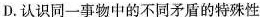
D.认识同一事物中的不同矛盾的特殊性